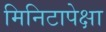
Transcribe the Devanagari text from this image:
मिनिटापेक्षा